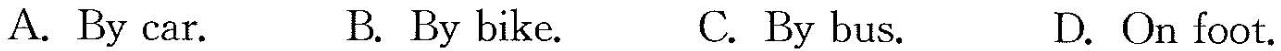
A. By car. B. By bike. C. By bus. D.On foot.